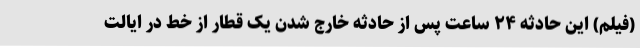
(فیلم) این حادثه ۲۴ ساعت پس از حادثه خارج شدن یک قطار از خط در ایالت